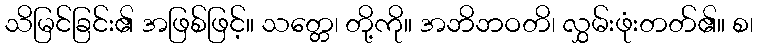
သိမြင်ခြင်း၏ အဖြစ်ဖြင့်။ သတ္တေ၊ တို့ကို။ အဘိဘဝတိ၊ လွှမ်းဖုံးတတ်၏။ စ၊